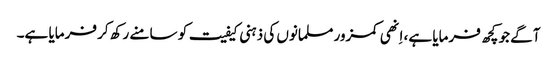
آگے جو کچھ فرمایا ہے، اِنھی کمزور مسلمانوں کی ذہنی کیفیت کو سامنے رکھ کر فرمایا ہے۔